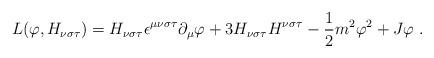
LaTeX: \begin{align*}L(\varphi ,H_{\nu \sigma \tau })=H_{\nu \sigma \tau }\epsilon ^{\mu \nu\sigma \tau }\partial _{\mu }\varphi +3H_{\nu \sigma \tau }H^{\nu \sigma\tau }-\frac{1}{2}m^{2}\varphi ^{2}+J\varphi \ . \end{align*}